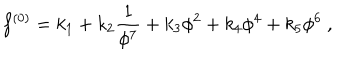
f ^ { ( 0 ) } = k _ { 1 } + k _ { 2 } \frac { 1 } { \phi ^ { 7 } } + k _ { 3 } \phi ^ { 2 } + k _ { 4 } \phi ^ { 4 } + k _ { 5 } \phi ^ { 6 } ~ ,